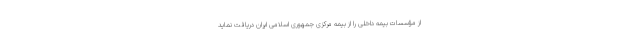
از مؤسسات بیمه داخلی را از بیمه مرکزی جمهوری اسلامی ایران دریافت نماید